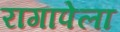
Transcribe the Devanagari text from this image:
रागापेला